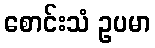
စောင်းသံ ဥပမာ